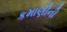
કમાણીની